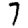
Digit: 7